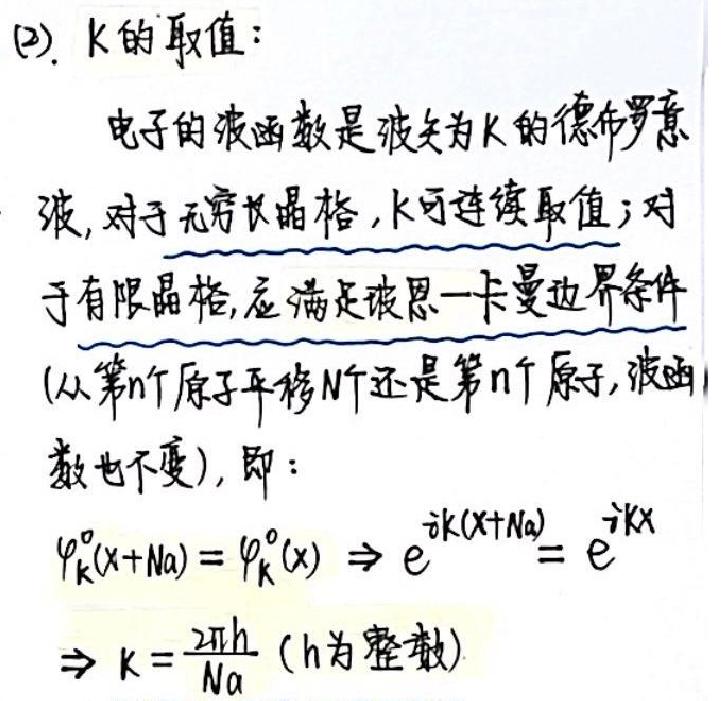
(2). K的取值：

电子的波函数是波矢为K的德布罗意波，对于无穷长晶格，K可连续取值；对于有限晶格，应满足玻恩 - 卡曼边界条件(从第n个原子平移N个还是第n个原子，波函数也不变)，即：

$\varphi_{k}^{o}(x + Na)=\varphi_{k}^{o}(x)\Rightarrow e^{ik(x + Na)} = e^{ikx}$

$\Rightarrow k=\frac{2\pi h}{Na}$（h为整数）